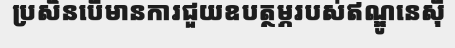
ប្រសិនបើមានការជួយឧបត្ថម្ភរបស់ឥណ្ឌូនេស៊ី